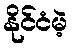
နိုင်ငံမဲ့